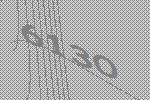
6130